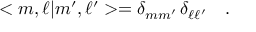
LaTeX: < m , \ell | m ^ { \prime } , \ell ^ { \prime } > = \delta _ { m m ^ { \prime } } \, \delta _ { \ell \ell ^ { \prime } } \ \ \ .